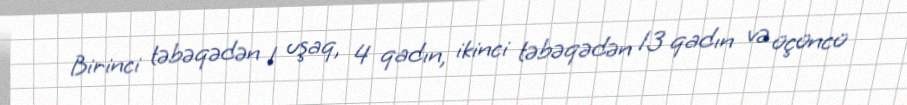
Birinci təbəqədən 1 uşaq, 4 qadın, ikinci təbəqədən 13 qadın və üçüncü